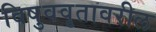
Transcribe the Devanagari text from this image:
विषुववृतावरील